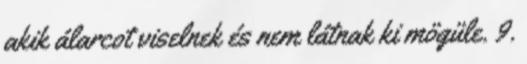
akik álarcot viselnek és nem látnak ki mögüle. 9.